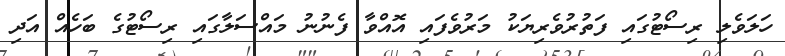
ހަލަވެލި ރިސޯޓުގައި ފަތުރުވެރިޔަކު މަރުވެފައި އޮއްވާ ފެނުނު މައްސަލާގައި ރިސޯޓުގެ ބަހެއް އަދި